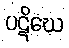
ပဋိဃေ